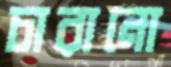
চারানো